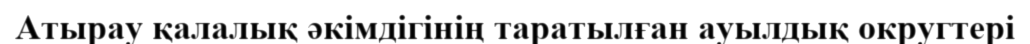
Атырау қалалық әкімдігінің таратылған ауылдық округтері